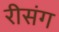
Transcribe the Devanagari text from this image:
रीसंग